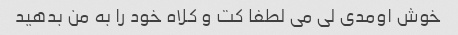
خوش اومدی لی می لطفا کت و کلاه خود را به من بدهید